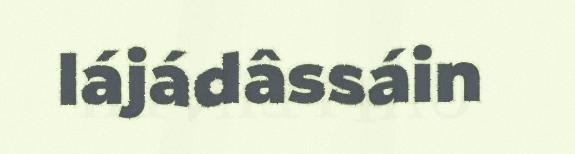
lájádâssáin